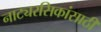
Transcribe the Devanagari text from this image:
नाट्यरसिकांसाठी